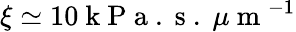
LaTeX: \xi\simeq 10\mathrm{~k~P~a~.~s~.~}\mu\mathrm{~m~}^{-1}